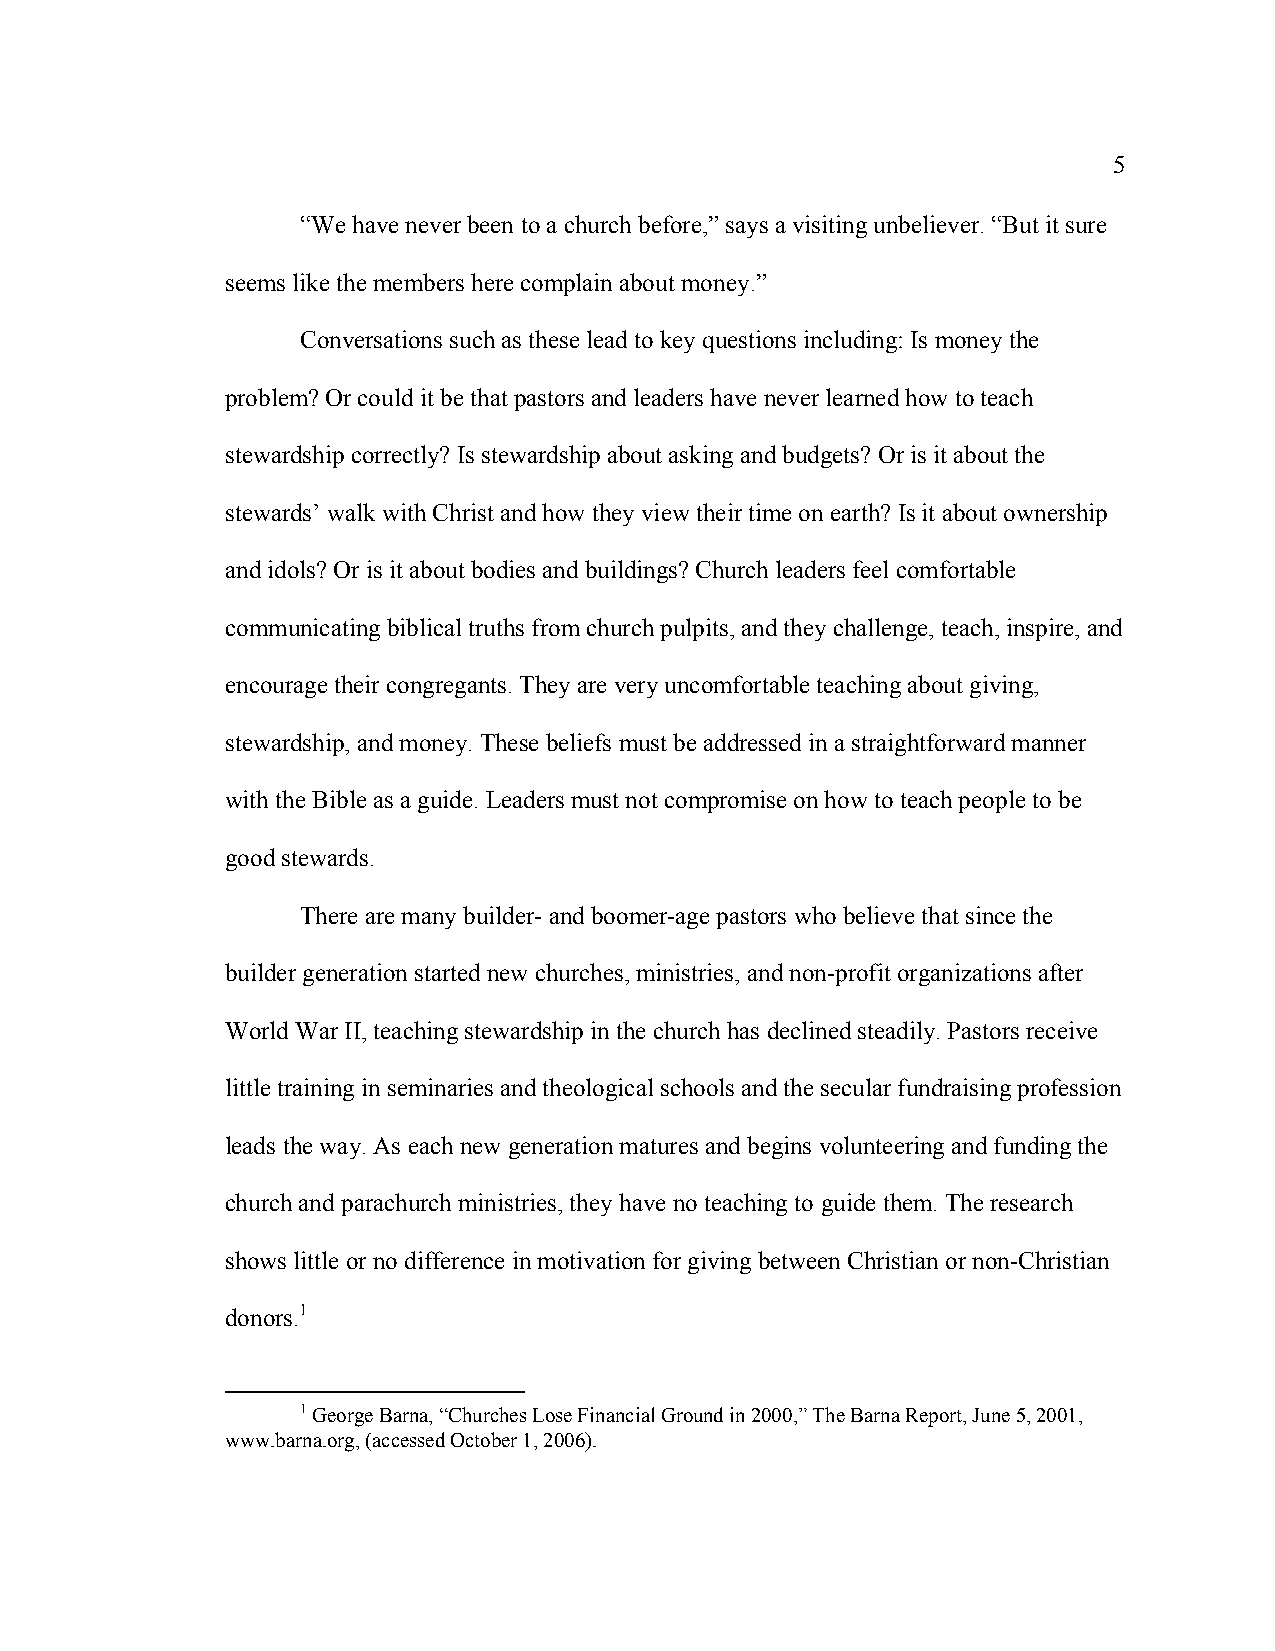
5
 “We have never been to a church before,” says a visiting unbeliever. “But it sure
 seems like the members here complain about money.”
 Conversations such as these lead to key questions including: Is money the
 problem? Or could it be that pastors and leaders have never learned how to teach
 stewardship correctly? Is stewardship about asking and budgets? Or is it about the
 stewards’ walk with Christ and how they view their time on earth? Is it about ownership
 and idols? Or is it about bodies and buildings? Church leaders feel comfortable
 communicating biblical truths from church pulpits, and they challenge, teach, inspire, and
 encourage their congregants. They are very uncomfortable teaching about giving,
 stewardship, and money. These beliefs must be addressed in a straightforward manner
 with the Bible as a guide. Leaders must not compromise on how to teach people to be
 good stewards.
 There are many builder- and boomer-age pastors who believe that since the
 builder generation started new churches, ministries, and non-profit organizations after
 World War II, teaching stewardship in the church has declined steadily. Pastors receive
 little training in seminaries and theological schools and the secular fundraising profession
 leads the way. As each new generation matures and begins volunteering and funding the
 church and parachurch ministries, they have no teaching to guide them. The research
 shows little or no difference in motivation for giving between Christian or non-Christian
 donors.1
 1 George Barna, “Churches Lose Financial Ground in 2000,” The Barna Report, June 5, 2001,
 www.barna.org, (accessed October 1, 2006).